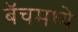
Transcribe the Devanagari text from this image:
बॅचमध्ये